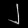
Digit: ၂